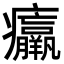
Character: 𤼘